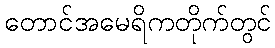
တောင်အမေရိကတိုက်တွင်